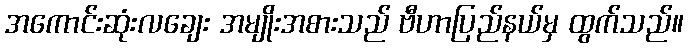
အကောင်းဆုံးလချေး အမျိုးအစားသည် ဗီဟာပြည်နယ်မှ ထွက်သည်။